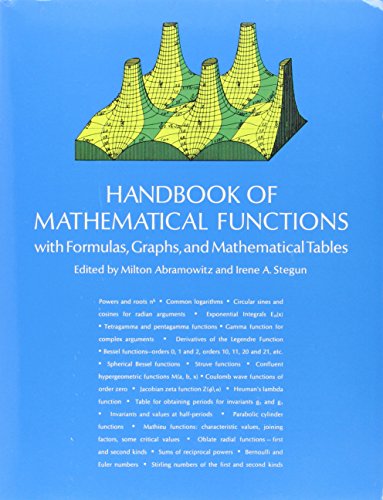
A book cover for Handbook of Mathematical Functions: with Formulas, Graphs, and Mathematical Tables (Dover Books on Mathematics); Science & Math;